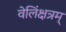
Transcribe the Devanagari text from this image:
वेलिंक्षत्रम्